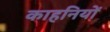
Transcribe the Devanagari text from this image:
काहनियों